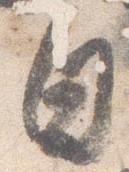
日